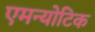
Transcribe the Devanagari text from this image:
एमन्योटिक